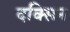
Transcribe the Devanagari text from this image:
दक्सिन